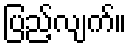
ပြည့်လျက်။